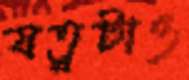
যত্নটাও